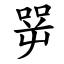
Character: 㖾